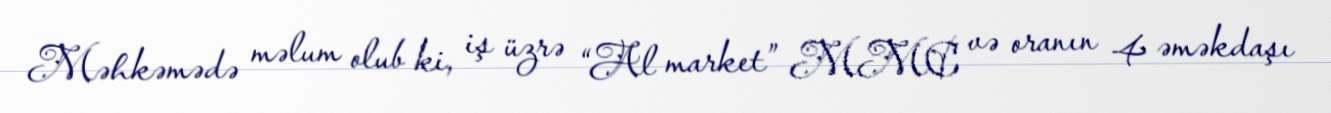
Məhkəmədə məlum olub ki, iş üzrə “Al market” MMC və oranın 4 əməkdaşı